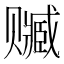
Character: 𰷭